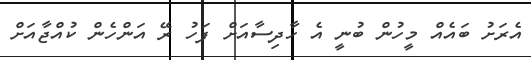
އެރަށު ބައެއް މީހުން ބުނީ އެ ހާދިސާއަށް ފަހު ރޭ އަންހެން ކުއްޖާއަށް